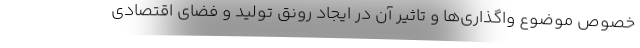
خصوص موضوع واگذاری‌ها و تاثیر آن در ایجاد رونق تولید و فضای اقتصادی